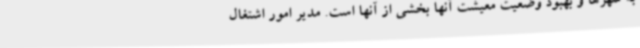
به شهرها و بهبود وضعیت معیشت آنها بخشی از آنها است. مدیر امور اشتغال